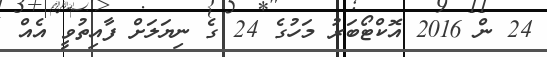
24 ން 2016 އޮކްޓޯބަރު މަހުގެ 24 ގެ ނިޔަލަށް ފާއިތުވީ އެއް